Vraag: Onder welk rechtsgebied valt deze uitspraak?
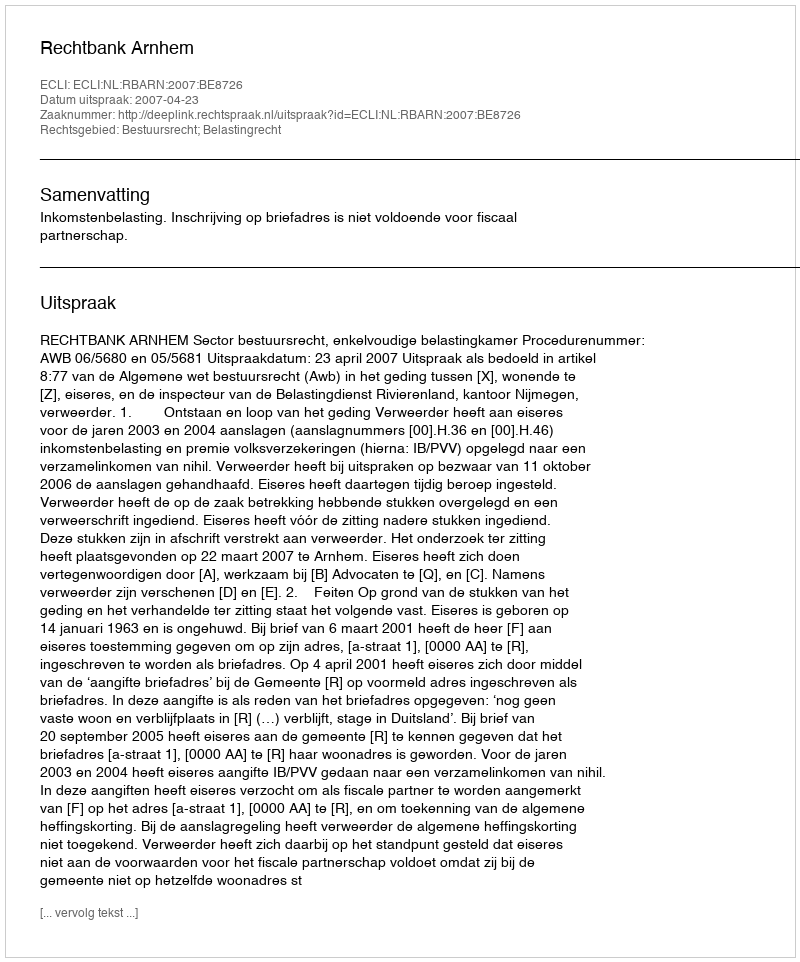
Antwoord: Bestuursrecht; Belastingrecht